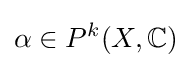
\alpha \in P^{k}(X,\mathbb {C} )